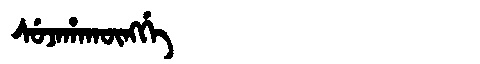
Manchu: ᠰᡠᠵᠠᡥᠠᡴᡡᠩᡤᡝ
Romanization: SUJAHAKŪNGGE